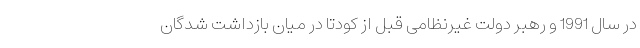
در سال 1991 و رهبر دولت غیرنظامی قبل از کودتا در میان بازداشت شدگان